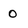
Character: 0